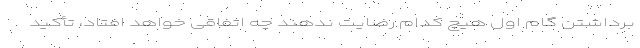
برداشتن گام اول هیچ کدام رضایت ندهند چه اتفاقی خواهد افتاد، تأکید